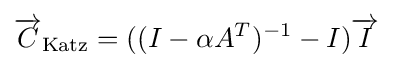
{\overrightarrow {C}}_{\mathrm {Katz} }=((I-\alpha A^{T})^{-1}-I){\overrightarrow {I}}